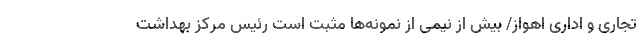
تجاری و اداری اهواز/ بیش از نیمی از نمونه‌ها مثبت است رئیس مرکز بهداشت